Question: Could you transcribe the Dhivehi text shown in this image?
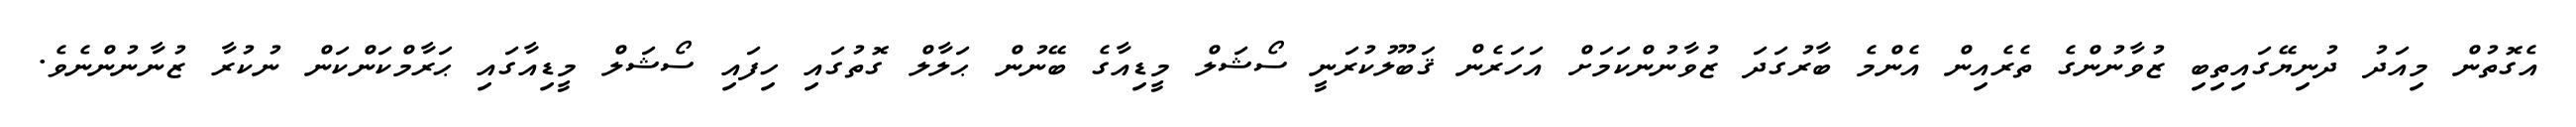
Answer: އެގޮތުން މިއަދު ދުނިޔޭގައިތިބި ޒުވާނުންގެ ތެރެއިން އެންމެ ބާރުގަދަ ޒުވާނުންކަމަށް އަހަރެން ޤަބޫލުކުރަނީ ސޯޝަލް މީޑިއާގެ ބޭނުން ޙަލާލް ގޮތުގައި ހިފައި ސޯޝަލް މީޑިއާގައި ޙަރާމްކަންކަން ނުކުރާ ޒުނާނުންނެވެ.